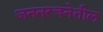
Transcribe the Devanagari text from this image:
जननरचनेतील